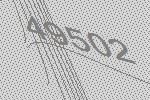
49502